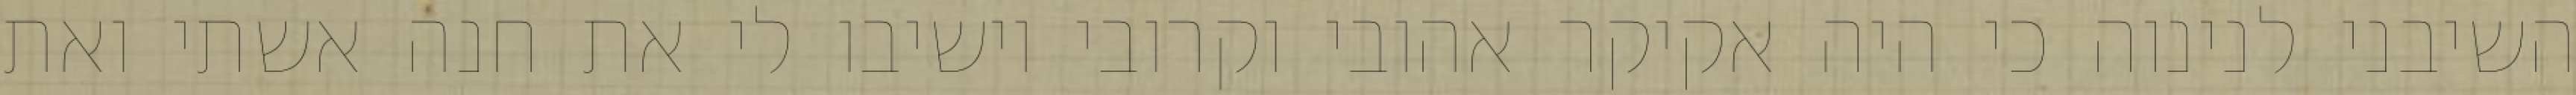
השיבני לנינוה כי היה אקיקר אהובי וקרובי וישיבו לי את חנה אשתי ואת